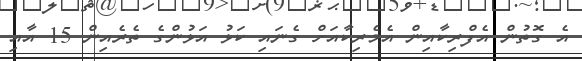
އެ ގޮތުން އެފްރިކާއިން އެމެރިކާއަށް ގެނައި ކަޅު އަޅުންގެ ތެރެއިން 15 އާއި